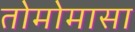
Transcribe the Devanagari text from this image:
तोमोमासा